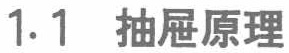
1.1 抽屉原理